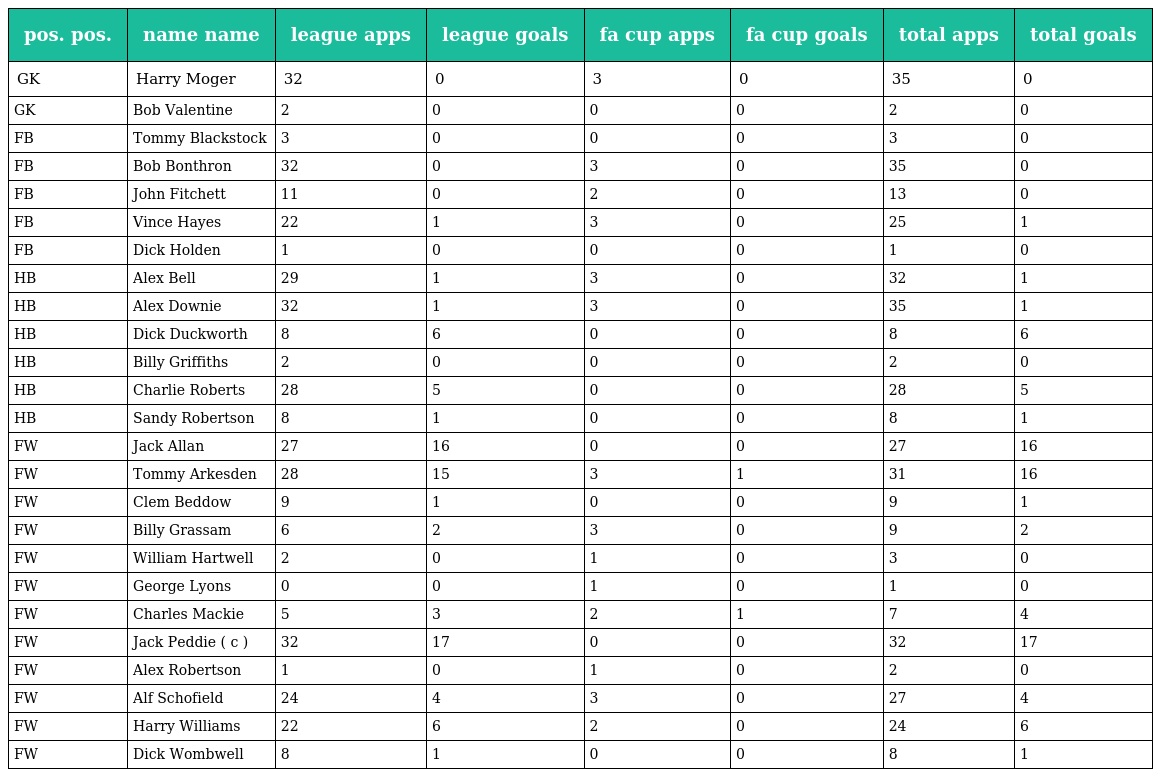
| pos. pos. | name name | league apps | league goals | fa cup apps | fa cup goals | total apps | total goals |
 | --- | --- | --- | --- | --- | --- | --- | --- |
 | GK | Harry Moger | 32 | 0 | 3 | 0 | 35 | 0 |
 | GK | Bob Valentine | 2 | 0 | 0 | 0 | 2 | 0 |
 | FB | Tommy Blackstock | 3 | 0 | 0 | 0 | 3 | 0 |
 | FB | Bob Bonthron | 32 | 0 | 3 | 0 | 35 | 0 |
 | FB | John Fitchett | 11 | 0 | 2 | 0 | 13 | 0 |
 | FB | Vince Hayes | 22 | 1 | 3 | 0 | 25 | 1 |
 | FB | Dick Holden | 1 | 0 | 0 | 0 | 1 | 0 |
 | HB | Alex Bell | 29 | 1 | 3 | 0 | 32 | 1 |
 | HB | Alex Downie | 32 | 1 | 3 | 0 | 35 | 1 |
 | HB | Dick Duckworth | 8 | 6 | 0 | 0 | 8 | 6 |
 | HB | Billy Griffiths | 2 | 0 | 0 | 0 | 2 | 0 |
 | HB | Charlie Roberts | 28 | 5 | 0 | 0 | 28 | 5 |
 | HB | Sandy Robertson | 8 | 1 | 0 | 0 | 8 | 1 |
 | FW | Jack Allan | 27 | 16 | 0 | 0 | 27 | 16 |
 | FW | Tommy Arkesden | 28 | 15 | 3 | 1 | 31 | 16 |
 | FW | Clem Beddow | 9 | 1 | 0 | 0 | 9 | 1 |
 | FW | Billy Grassam | 6 | 2 | 3 | 0 | 9 | 2 |
 | FW | William Hartwell | 2 | 0 | 1 | 0 | 3 | 0 |
 | FW | George Lyons | 0 | 0 | 1 | 0 | 1 | 0 |
 | FW | Charles Mackie | 5 | 3 | 2 | 1 | 7 | 4 |
 | FW | Jack Peddie ( c ) | 32 | 17 | 0 | 0 | 32 | 17 |
 | FW | Alex Robertson | 1 | 0 | 1 | 0 | 2 | 0 |
 | FW | Alf Schofield | 24 | 4 | 3 | 0 | 27 | 4 |
 | FW | Harry Williams | 22 | 6 | 2 | 0 | 24 | 6 |
 | FW | Dick Wombwell | 8 | 1 | 0 | 0 | 8 | 1 |